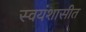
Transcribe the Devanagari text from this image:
स्वयंशासीत